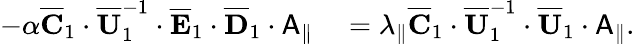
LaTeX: \begin{array}{rl}{-\alpha\overline{{\mathbf{C}}}_{1}\cdot\overline{{\mathbf{U}}}_{1}^{-1}\cdot\overline{{\mathbf{E}}}_{1}\cdot\overline{{\mathbf{D}}}_{1}\cdot\mathsf{A}_{\parallel}}&{{}=\lambda_{\parallel}\overline{{\mathbf{C}}}_{1}\cdot\overline{{\mathbf{U}}}_{1}^{-1}\cdot\overline{{\mathbf{U}}}_{1}\cdot\mathsf{A}_{\parallel}.}\end{array}